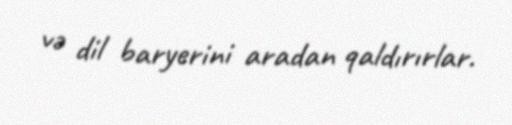
və dil baryerini aradan qaldırırlar.